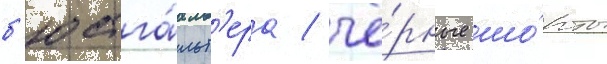
б'юстга́льт'ера / чё́рные шо́рты